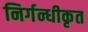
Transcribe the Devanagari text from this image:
निर्गन्धीकृत